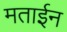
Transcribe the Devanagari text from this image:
मताईन